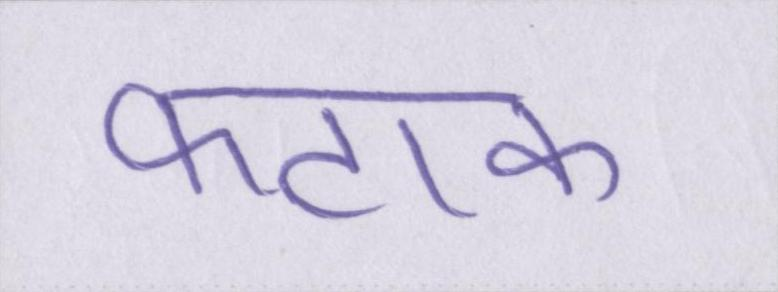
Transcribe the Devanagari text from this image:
फटाक